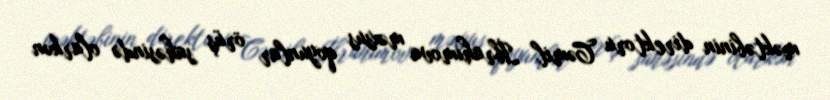
məktəbinin direktoru Cəmil İbrahimova məxsus qoyunlar örüş sahəsində olarkən